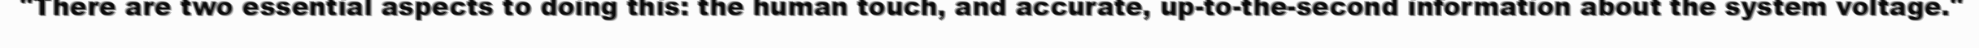
"There are two essential aspects to doing this: the human touch, and accurate, up-to-the-second information about the system voltage."